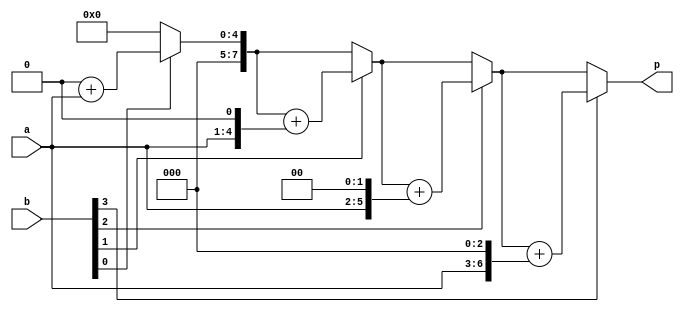
`timescale 1ns / 1ps

module mul_1(a,b,p);
input [3:0]a,b;
output reg [7:0]p;
integer i;

always@(*) begin
p=0;
for (i=0; i<4; i=i+1) begin
if (b[i]) begin
p = p + (a << i);
end
end
end
endmodule